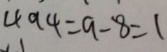
4 9 4 = 9 - 8 = 1